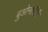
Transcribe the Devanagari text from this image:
बुओनार्रोती